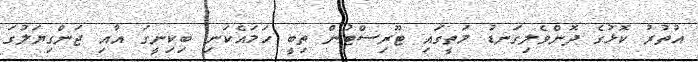
އުތުރު ކޮޅުގެ ދޮންވެލިގަނޑު މަތީގައި ޓޫރިސްޓުން ތިބީ ހަމައެކަނި ބިކިނީގަ އާއި ޖަންގިޔަލުގަ